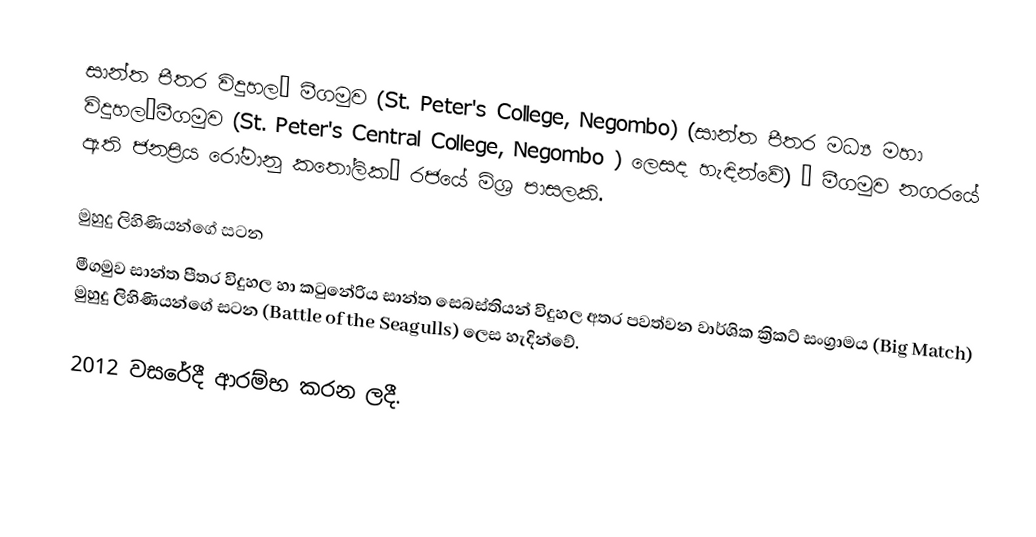
සාන්ත පීතර විදුහල‚ මීගමුව (St. Peter's College, Negombo) (සාන්ත පීතර මධ්‍ය මහා විදුහල‚මීගමුව (St. Peter's Central College, Negombo  ) ලෙසද හැඳින්වේ) ‚ මීගමුව නගරයේ ඇති ජනප්‍රිය රෝමානු කතෝලික‚ රජයේ මිශ්‍ර පාසලකි.

මුහුදු ලිහිණියන්ගේ සටන
මීගමුව සාන්ත පීතර විදුහල හා කටුනේරිය සාන්ත සෙබස්තියන් විදුහල අතර පවත්වන වාර්ශික ක්‍රිකට් සංග්‍රාමය (Big Match) මුහුදු ලිහිණියන්ගේ සටන (Battle of the Seagulls) ලෙස හැදින්වේ.

2012 වසරේදී ආරම්භ කරන ලදී.